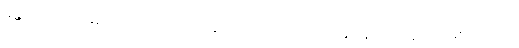
မန္တလေးအ ခြေစိုက် သဘာဝပတ်ဝန်းကျင်ဆိုင်ရာ တက်ကြွ လှုပ်ရှားသူများ ဖြစ်ပါတယ်။